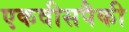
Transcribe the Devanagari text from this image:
एकवीसपैकी